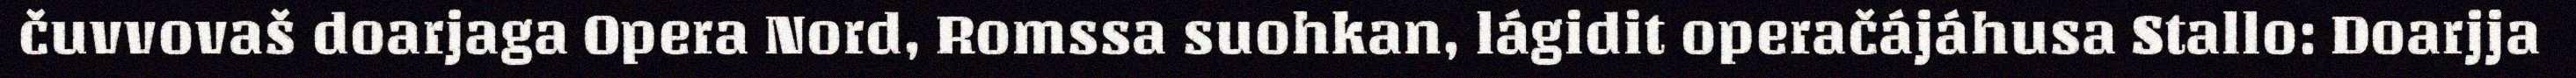
čuvvovaš doarjaga Opera Nord, Romssa suohkan, lágidit operačájáhusa Stallo: Doarjja